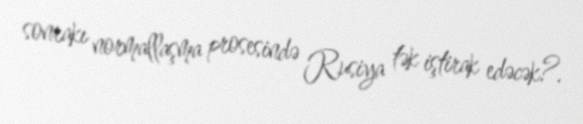
sonrakı normallaşma prosesində Rusiya tək iştirak edəcək?.